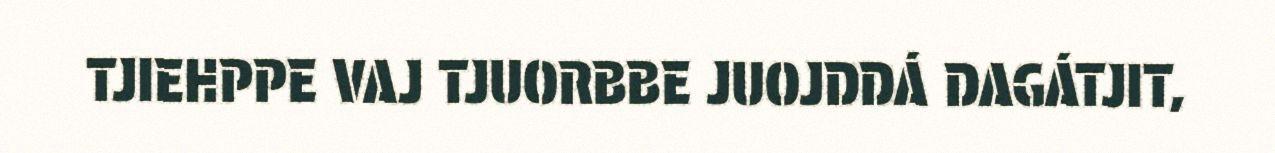
TJIEHPPE VAJ TJUORBBE JUOJDDÁ DAGÁTJIT,